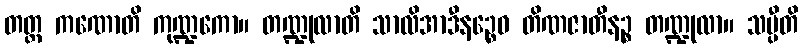
တတ္ထ ကဏောတိ ကုဏ္ဍကော။ တဏ္ဍုလာတိ သာလိအာဒီနဉ္စေဝ တိဏဇာတီနဉ္စ တဏ္ဍုလာ။ သပ္ပီတိ